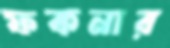
ফকনার